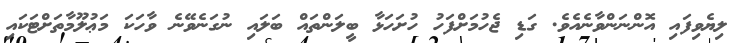
ލިޔެވިފައި އޮންނަންވާނެއެވެ. ގަޑި ޖެހުމަށްފަހު ހުށަހަޅާ ބީލަންތައް ބަލައި ނުގަނެވޭނެ ވާހަކަ މަޢުލޫމާތަށްޓަކައި